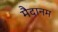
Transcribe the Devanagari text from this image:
मैदानम